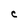
Character: C